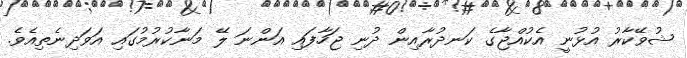
ޝުވޭކާރު އުޅުނީ އެކުއްޖާގެ ކަނދުރާއިން ދުނި ޖަހާފައި އަންނަ ލޭ މަނާކުރުމުގައި އަވަދިނެތިއެވެ.